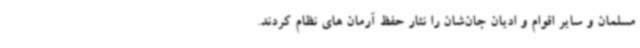
مسلمان و سایر اقوام و ادیان جان‌شان را نثار حفظ آرمان های نظام کردند.